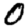
Digit: 0